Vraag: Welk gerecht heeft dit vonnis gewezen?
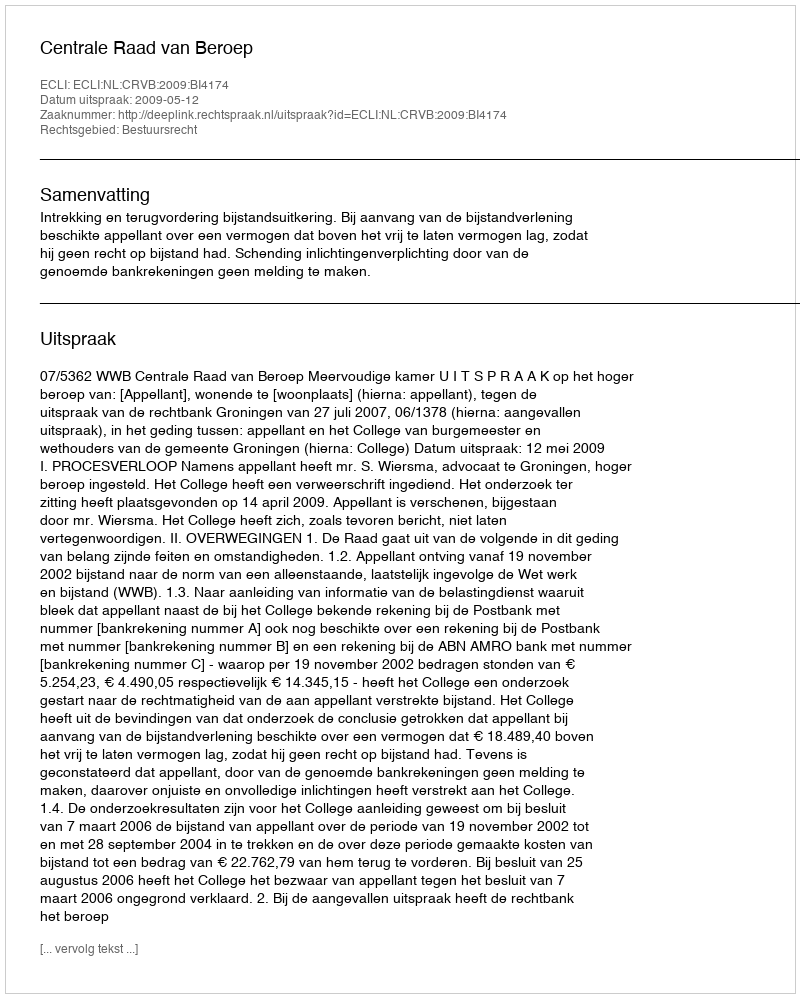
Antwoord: Centrale Raad van Beroep